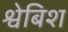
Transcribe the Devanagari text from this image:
श्वेबिश